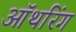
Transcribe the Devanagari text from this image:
ऑथरिंग